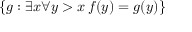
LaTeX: \{ g : \exists x \forall y > x \, f ( y ) = g ( y ) \}